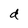
Character: d